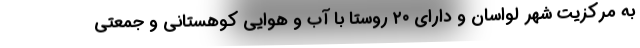
به مرکزیت شهر لواسان و دارای ۲۰ روستا با آب و هوایی کوهستانی و جمعتی